Scientific memoirs by medical officers of the Army of India - Part IX,
Year: 1895
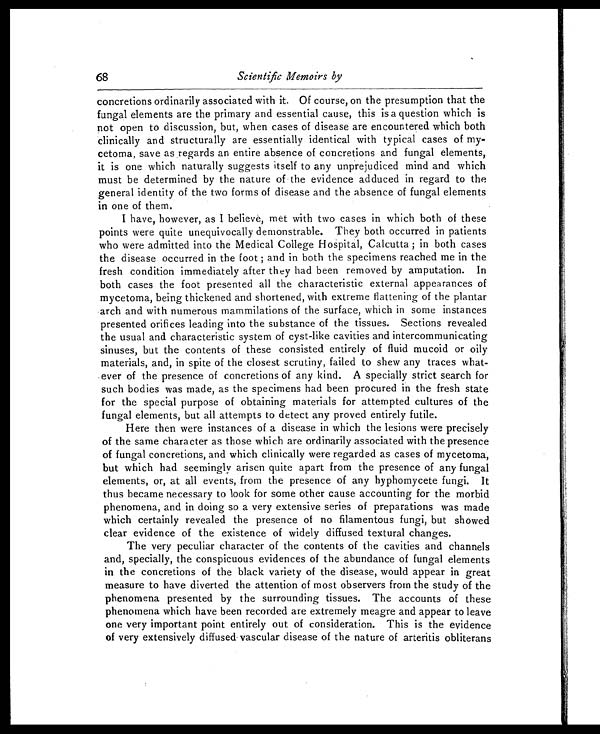
68
Scientific Memoirs by
concretions ordinarily associated with it. Of course, on the presumption that the
fungal elements are the primary and essential cause, this is a question which is
not open to discussion, but, when cases of disease are encountered which both
clinically and structurally are essentially identical with typical cases of my-
cetoma, save as regards an entire absence of concretions and fungal elements,
it is one which naturally suggests itself to any unprejudiced mind and which
must be determined by the nature of the evidence adduced in regard to the
general identity of the two forms of disease and the absence of fungal elements
in one of them.
I have, however, as I believe, met with two cases in which both of these
points were quite unequivocally demonstrable. They both occurred in patients
who were admitted into the Medical College Hospital, Calcutta ; in both cases
the disease occurred in the foot ; and in both the specimens reached me in the
fresh condition immediately after they had been removed by amputation. In
both cases the foot presented all the characteristic external appearances of
mycetoma, being thickened and shortened, with extreme flattening of the plantar
arch and with numerous mammilations of the surface, which in some instances
presented orifices leading into the substance of the tissues. Sections revealed
the usual and characteristic system of cyst-like cavities and intercommunicating
sinuses, but the contents of these consisted entirely of fluid mucoid or oily
materials, and, in spite of the closest scrutiny, failed to shew any traces what-
ever of the presence of concretions of any kind. A specially strict search for
such bodies was made, as the specimens had been procured in the fresh state
for the special purpose of obtaining materials for attempted cultures of the
fungal elements, but all attempts to detect any proved entirely futile.
Here then were instances of a disease in which the lesions were precisely
of the same character as those which are ordinarily associated with the presence
of fungal concretions, and which clinically were regarded as cases of mycetoma,
but which had seemingly arisen quite apart from the presence of any fungal
elements, or, at all events, from the presence of any hyphomycete fungi. It
thus became necessary to look for some other cause accounting for the morbid
phenomena, and in doing so a very extensive series of preparations was made
which certainly revealed the presence of no filamentous fungi, but showed
clear evidence of the existence of widely diffused textural changes.
The very peculiar character of the contents of the cavities and channels
and, specially, the conspicuous evidences of the abundance of fungal elements
in the concretions of the black variety of the disease, would appear in great
measure to have diverted the attention of most observers from the study of the
phenomena presented by the surrounding tissues. The accounts of these
phenomena which have been recorded are extremely meagre and appear to leave
one very important point entirely out of consideration. This is the evidence
of very extensively diffused vascular disease of the nature of arteritis obliterans